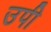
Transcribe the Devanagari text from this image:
उपी